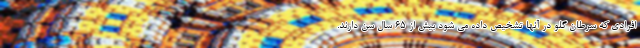
افرادی که سرطان گلو در آنها تشخیص داده می شود بیش از 65 سال سن دارند.